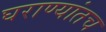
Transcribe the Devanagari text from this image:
घराण्यांतच